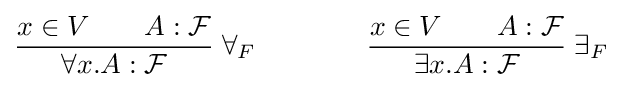
{\frac {x\in V\qquad A:{\mathcal {F}}}{\forall x.A:{\mathcal {F}}}}\;\forall _{F}\qquad \qquad {\frac {x\in V\qquad A:{\mathcal {F}}}{\exists x.A:{\mathcal {F}}}}\;\exists _{F}